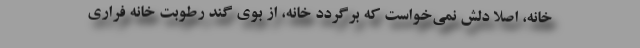
خانه، اصلا دلش نمي‌خواست كه برگردد خانه، از بوي گند رطوبت خانه فراري